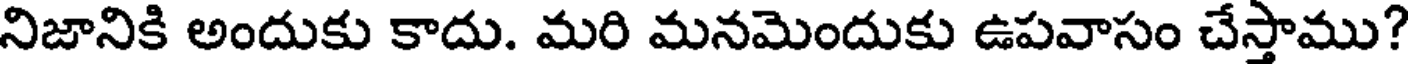
నిజానికి అందుకు కాదు. మరి మనమెందుకు ఉపవాసం చేస్తాము?